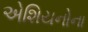
એશિયનોના